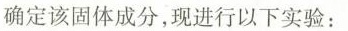
确定该固体成分，现进行以下实验：